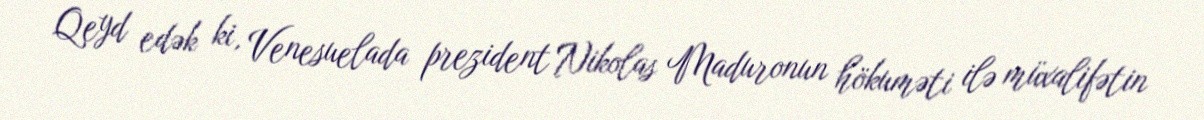
Qeyd edək ki, Venesuelada prezident Nikolas Maduronun hökuməti ilə müxalifətin